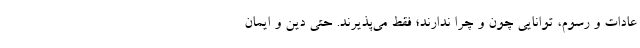
عادات و رسوم، توانایی چون و چرا ندارند؛ فقط می‌پذیرند. حتی دین و ایمان